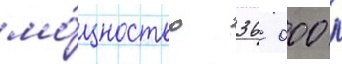
мо́щностью 36 000 л